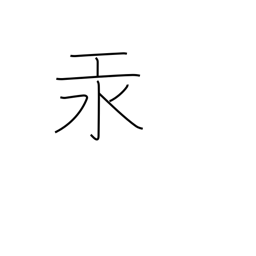
Meaning: mercury